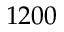
1 2 0 0